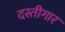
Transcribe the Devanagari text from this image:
दस्तीगार